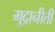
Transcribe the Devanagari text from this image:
मुद्रानीती